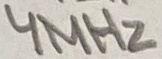
Text: 4MHz